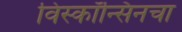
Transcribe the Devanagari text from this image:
विस्कॉन्सिनचा